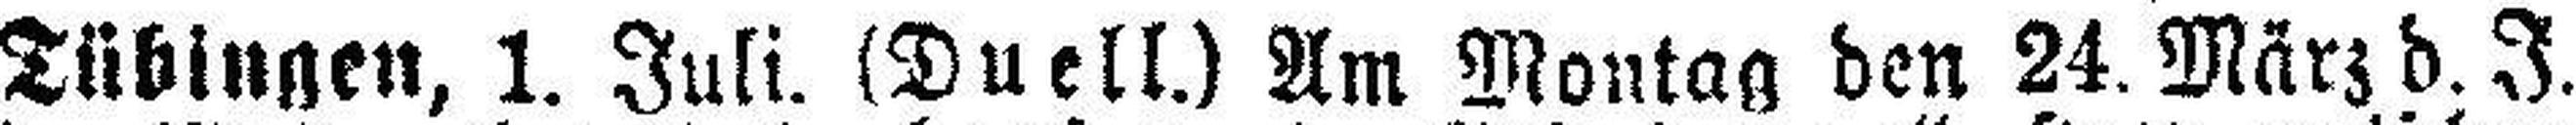
Tübingen, 1. Juli. (Duell.) Am Montag den 24. März d. J.